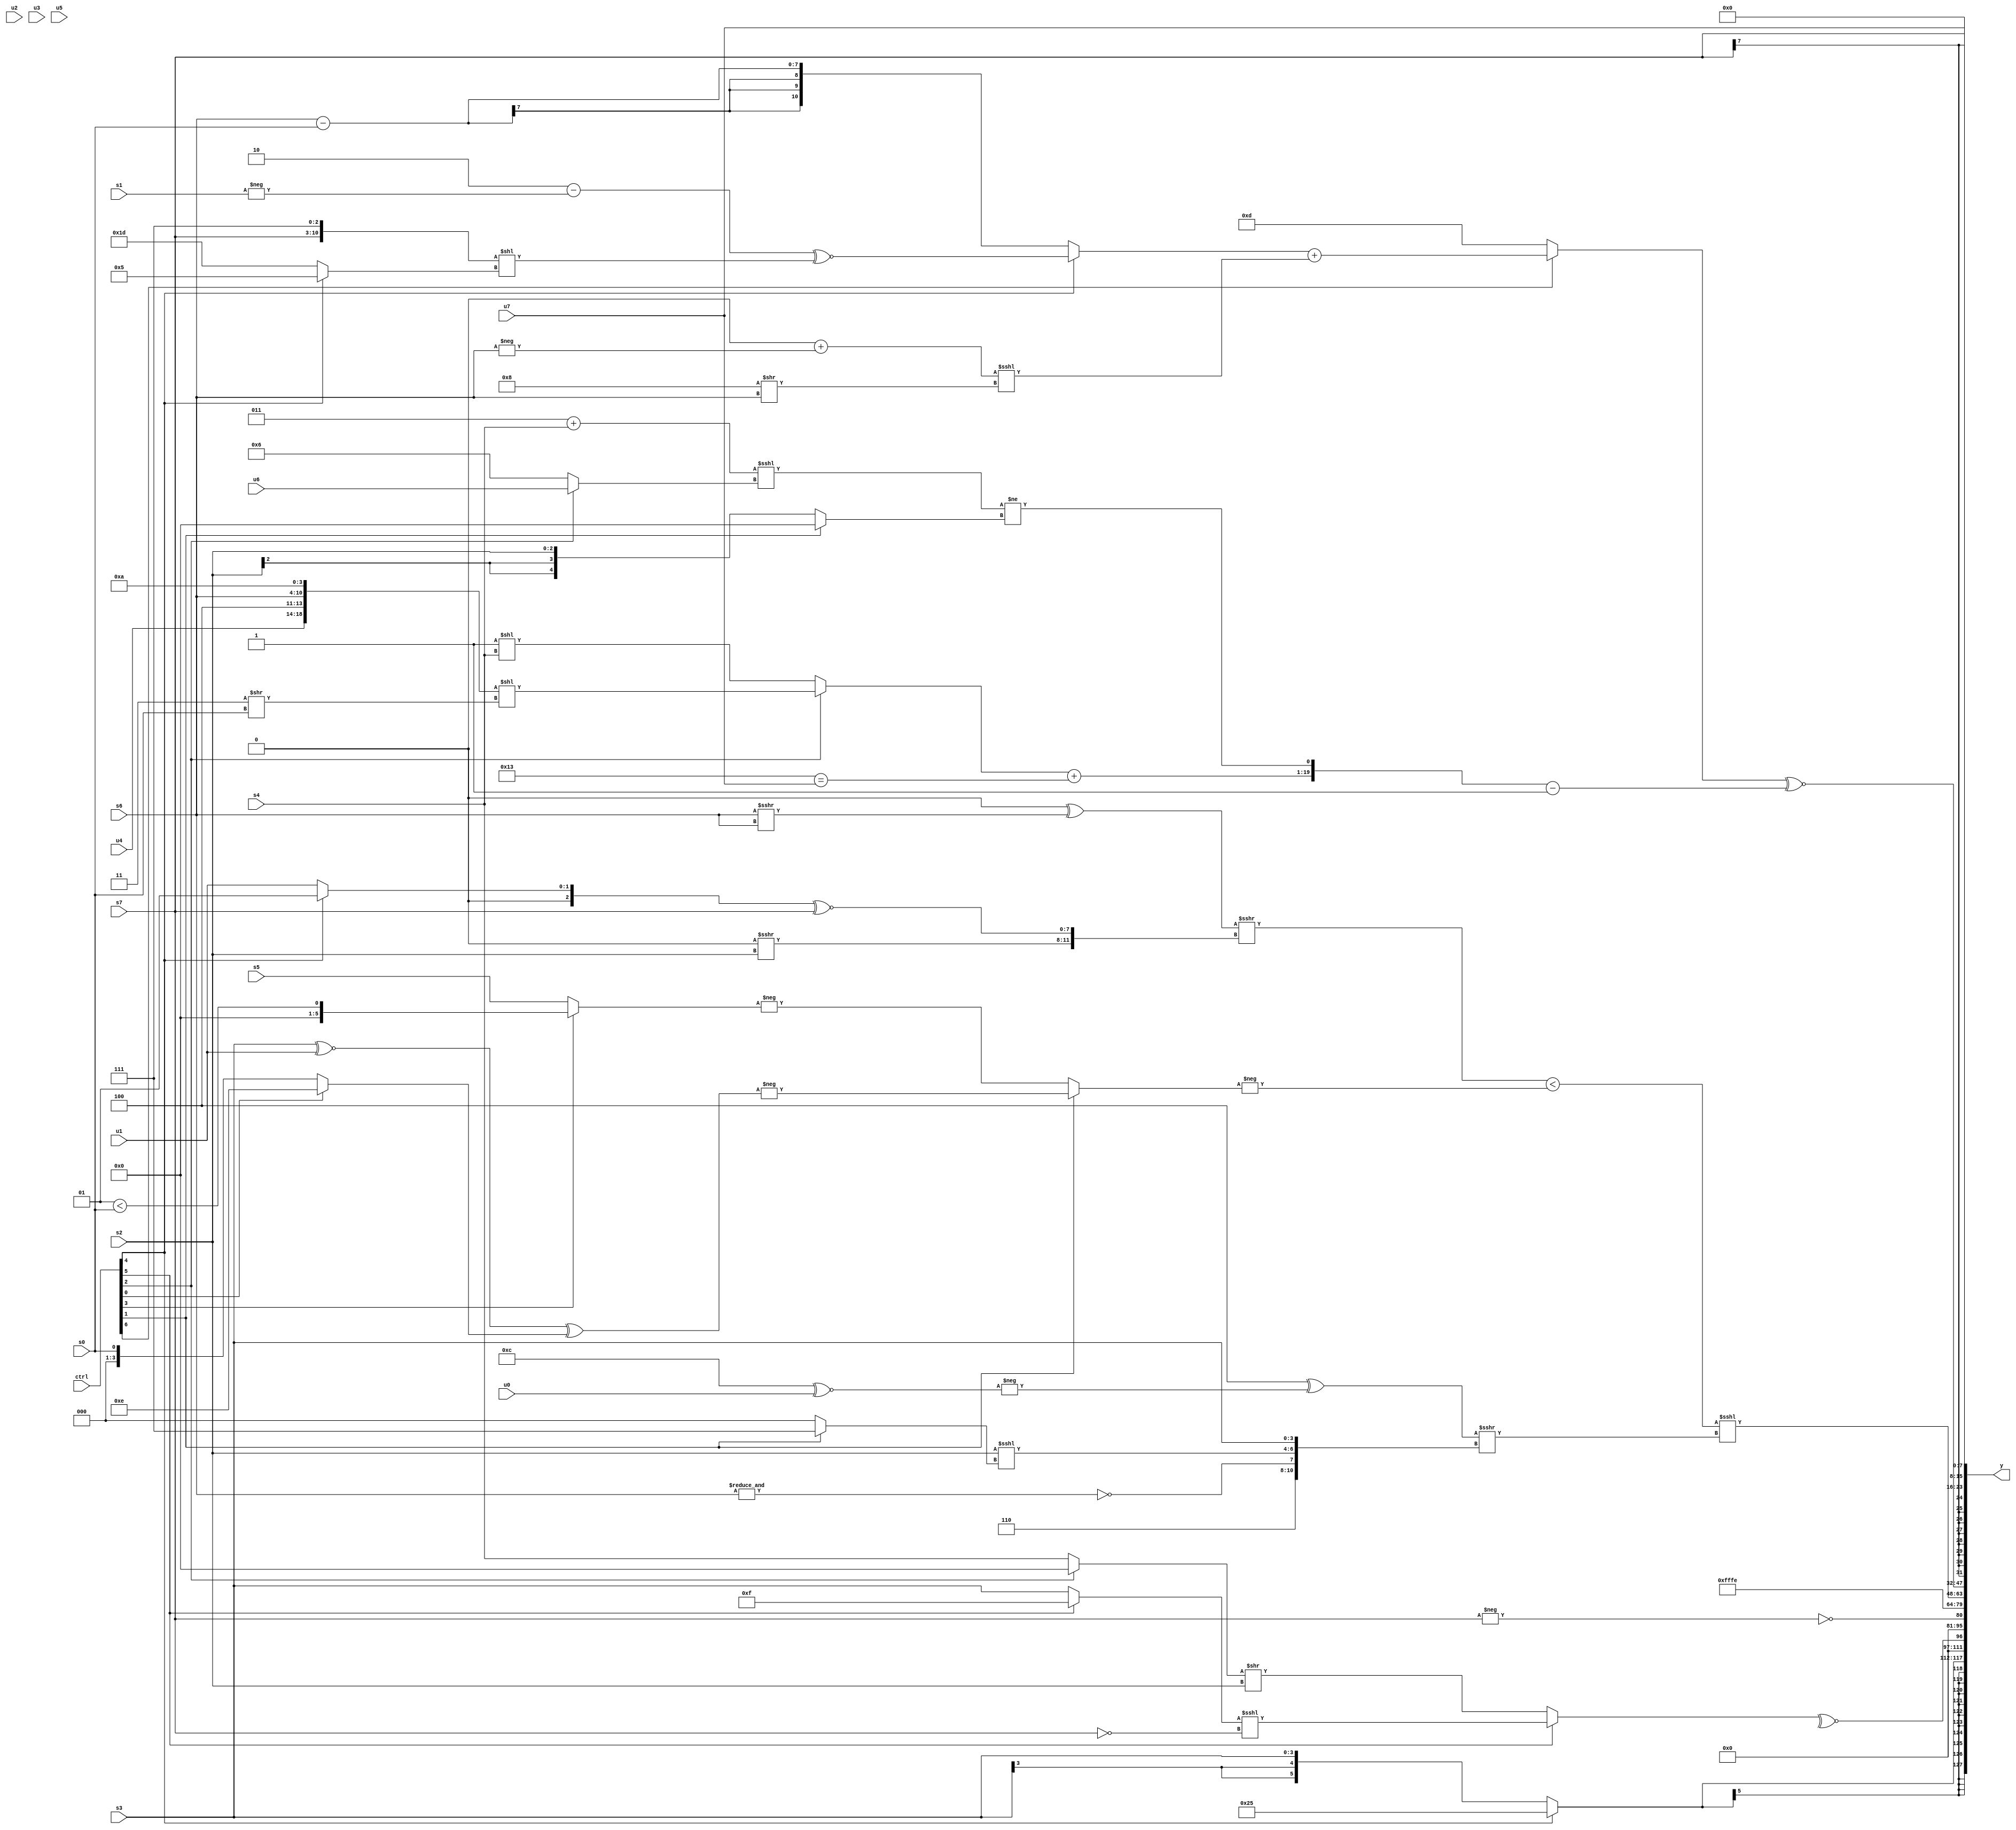
module wideexpr_00857(ctrl, u0, u1, u2, u3, u4, u5, u6, u7, s0, s1, s2, s3, s4, s5, s6, s7, y);
  input [7:0] ctrl;
  input [0:0] u0;
  input [1:0] u1;
  input [2:0] u2;
  input [3:0] u3;
  input [4:0] u4;
  input [5:0] u5;
  input [6:0] u6;
  input [7:0] u7;
  input signed [0:0] s0;
  input signed [1:0] s1;
  input signed [2:0] s2;
  input signed [3:0] s3;
  input signed [4:0] s4;
  input signed [5:0] s5;
  input signed [6:0] s6;
  input signed [7:0] s7;
  output [127:0] y;
  wire [15:0] y0;
  wire [15:0] y1;
  wire [15:0] y2;
  wire [15:0] y3;
  wire [15:0] y4;
  wire [15:0] y5;
  wire [15:0] y6;
  wire [15:0] y7;
  assign y = {y0,y1,y2,y3,y4,y5,y6,y7};
  assign y0 = (ctrl[4]?6'sb100101:s3);
  assign y1 = +(^(~^((ctrl[5]?((ctrl[5]?1'sb1:s3))<<<(!(s7)):((ctrl[2]?3'sb000:s4))>>(s2)))));
  assign y2 = !($signed(-(s7)));
  assign y3 = 3'sb110;
  assign y4 = +((+((((1'sb0)^((s6)>>>(s6)))>>>({((u3)<<<({3{2'sb11}}))>>>(s2),($signed((ctrl[4]?5'sb00001:u1)))^~(s7)}))<(-((ctrl[1]?-(((s3)^~(u1))^((ctrl[0]?5'b01110:s0))):-((ctrl[3]?(3'sb001)<(s0):$unsigned(s5))))))))<<<($unsigned(((3'sb100)^(-((+({4'sb1100}))^~($signed(u0)))))>>>(+({{3'sb110},~&(s6),(s2)<<<((ctrl[1]?{3'sb111}:~|(6'sb011000))),s3})))));
  assign y5 = ($signed((ctrl[6]?((ctrl[4]?((+(5'b00010))-(-($signed(s1))))^~($signed(({s7,3'sb111})<<((ctrl[4]?4'sb0101:6'sb011101)))):(s6)-(s0)))+(((3'sb000)+(-(s6)))<<<((5'sb11000)>>(s6))):$signed(6'sb001101))))^~(($signed({((ctrl[2]?({{u4,3'sb100,s6,3'b101},(u0)==(4'sb0011)})<<(({2'sb11})>>(+(s0))):($unsigned(~^(6'sb101011)))<<(s4)))+((6'sb110011)==($signed(u7))),+(-((((3'sb011)+(s4))<<<((ctrl[2]?u6:3'b110)))!=((ctrl[1]?$signed(1'sb0):s2))))}))-(1'sb1));
  assign y6 = s7;
  assign y7 = u7;
endmodule